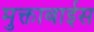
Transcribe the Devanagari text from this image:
मुक्ताबाईस